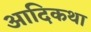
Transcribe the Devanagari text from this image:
आदिकथा